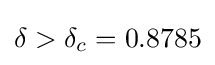
\delta >\delta _{c}=0.8785